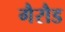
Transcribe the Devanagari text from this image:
गैरौड